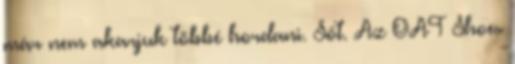
már nem akarjuk többé hordani. Sőt. Az OAT Shoes